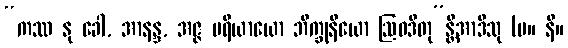
“ကဿ နု ခေါ, အာနန္ဒ, အဇ္ဇ ပရိယာယော ဘိက္ခုနိယော ဩဝဒိတု”န္တိအာဒီသု (မ။ နိ။